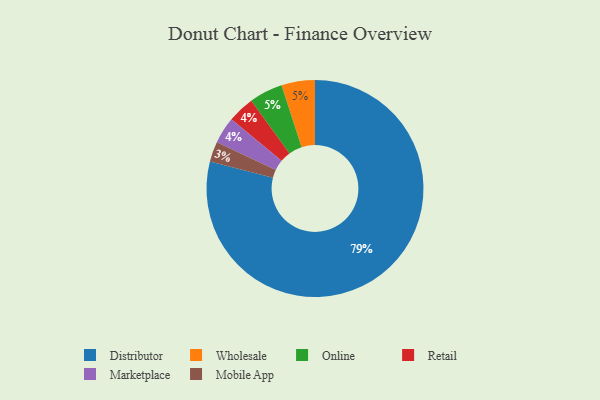
{"axis": {"x": "Category", "y": "Percentage"}, "legend": ["Distributor", "Marketplace", "Mobile App", "Online", "Retail", "Wholesale"], "data": [{"x": "Retail", "y": 4, "type": "Retail"}, {"x": "Wholesale", "y": 5, "type": "Wholesale"}, {"x": "Distributor", "y": 79, "type": "Distributor"}, {"x": "Mobile App", "y": 3, "type": "Mobile App"}, {"x": "Online", "y": 5, "type": "Online"}, {"x": "Marketplace", "y": 4, "type": "Marketplace"}]}